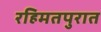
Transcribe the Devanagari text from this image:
रहिमतपुरात